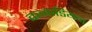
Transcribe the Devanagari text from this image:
कनाडियन